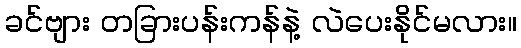
ခင်ဗျား တခြားပန်းကန်နဲ့ လဲပေးနိုင်မလား။